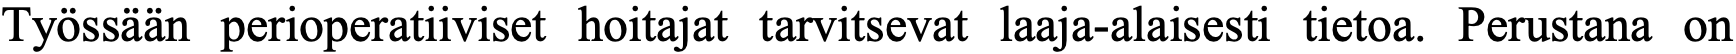
Työssään perioperatiiviset hoitajat tarvitsevat laaja-alaisesti tietoa. Perustana on